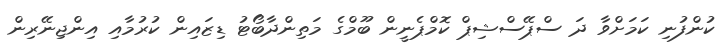
ކުންފުނި ކަމަށްވާ ދަ ސްޕޭސްޝިޕް ކޮމްޕެނީން ބޫމްގެ މަތިންދާބޯޓު ޑިޒައިން ކުރުމާއި އިންޖިނޭރިން